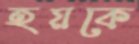
হয়কে